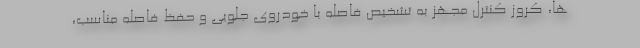
ها، کروز کنترل مجهز به تشخیص فاصله با خودروی جلویی و حفظ فاصله مناسب،